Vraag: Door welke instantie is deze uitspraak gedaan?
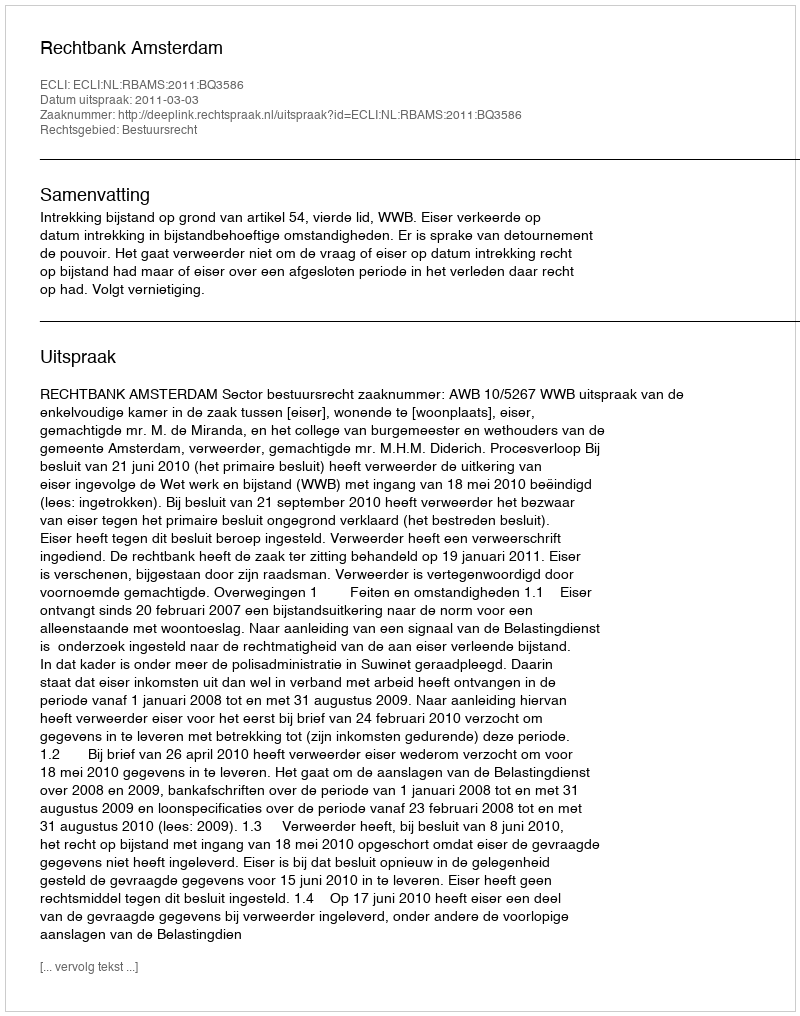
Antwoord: Rechtbank Amsterdam